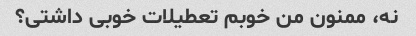
نه، ممنون من خوبم تعطیلات خوبی داشتی؟